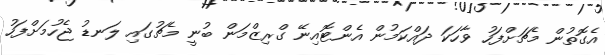
އެގޮތުން މެޗަށްފަހު ވާހަކަ ދައްކަމުން އެންޓޮއިނޭ ގްރިޒްމަން ބުނީ މެޗުގައި ލަނޑު ޖެހުމަށްފަހު